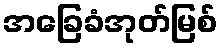
အခြေခံအုတ်မြစ်